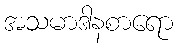
အသမာဒါနစာရော